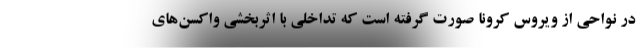
در نواحی از ویروس کرونا صورت گرفته است که تداخلی با اثربخشی واکسن‌‌های